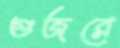
গুজরে